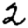
Digit: 2